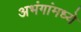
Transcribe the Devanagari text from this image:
अभंगांमध्ये